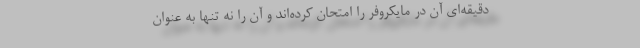
دقیقه‌ای آن در مایکروفر را امتحان کرده‌اند و آن را نه تنها به عنوان